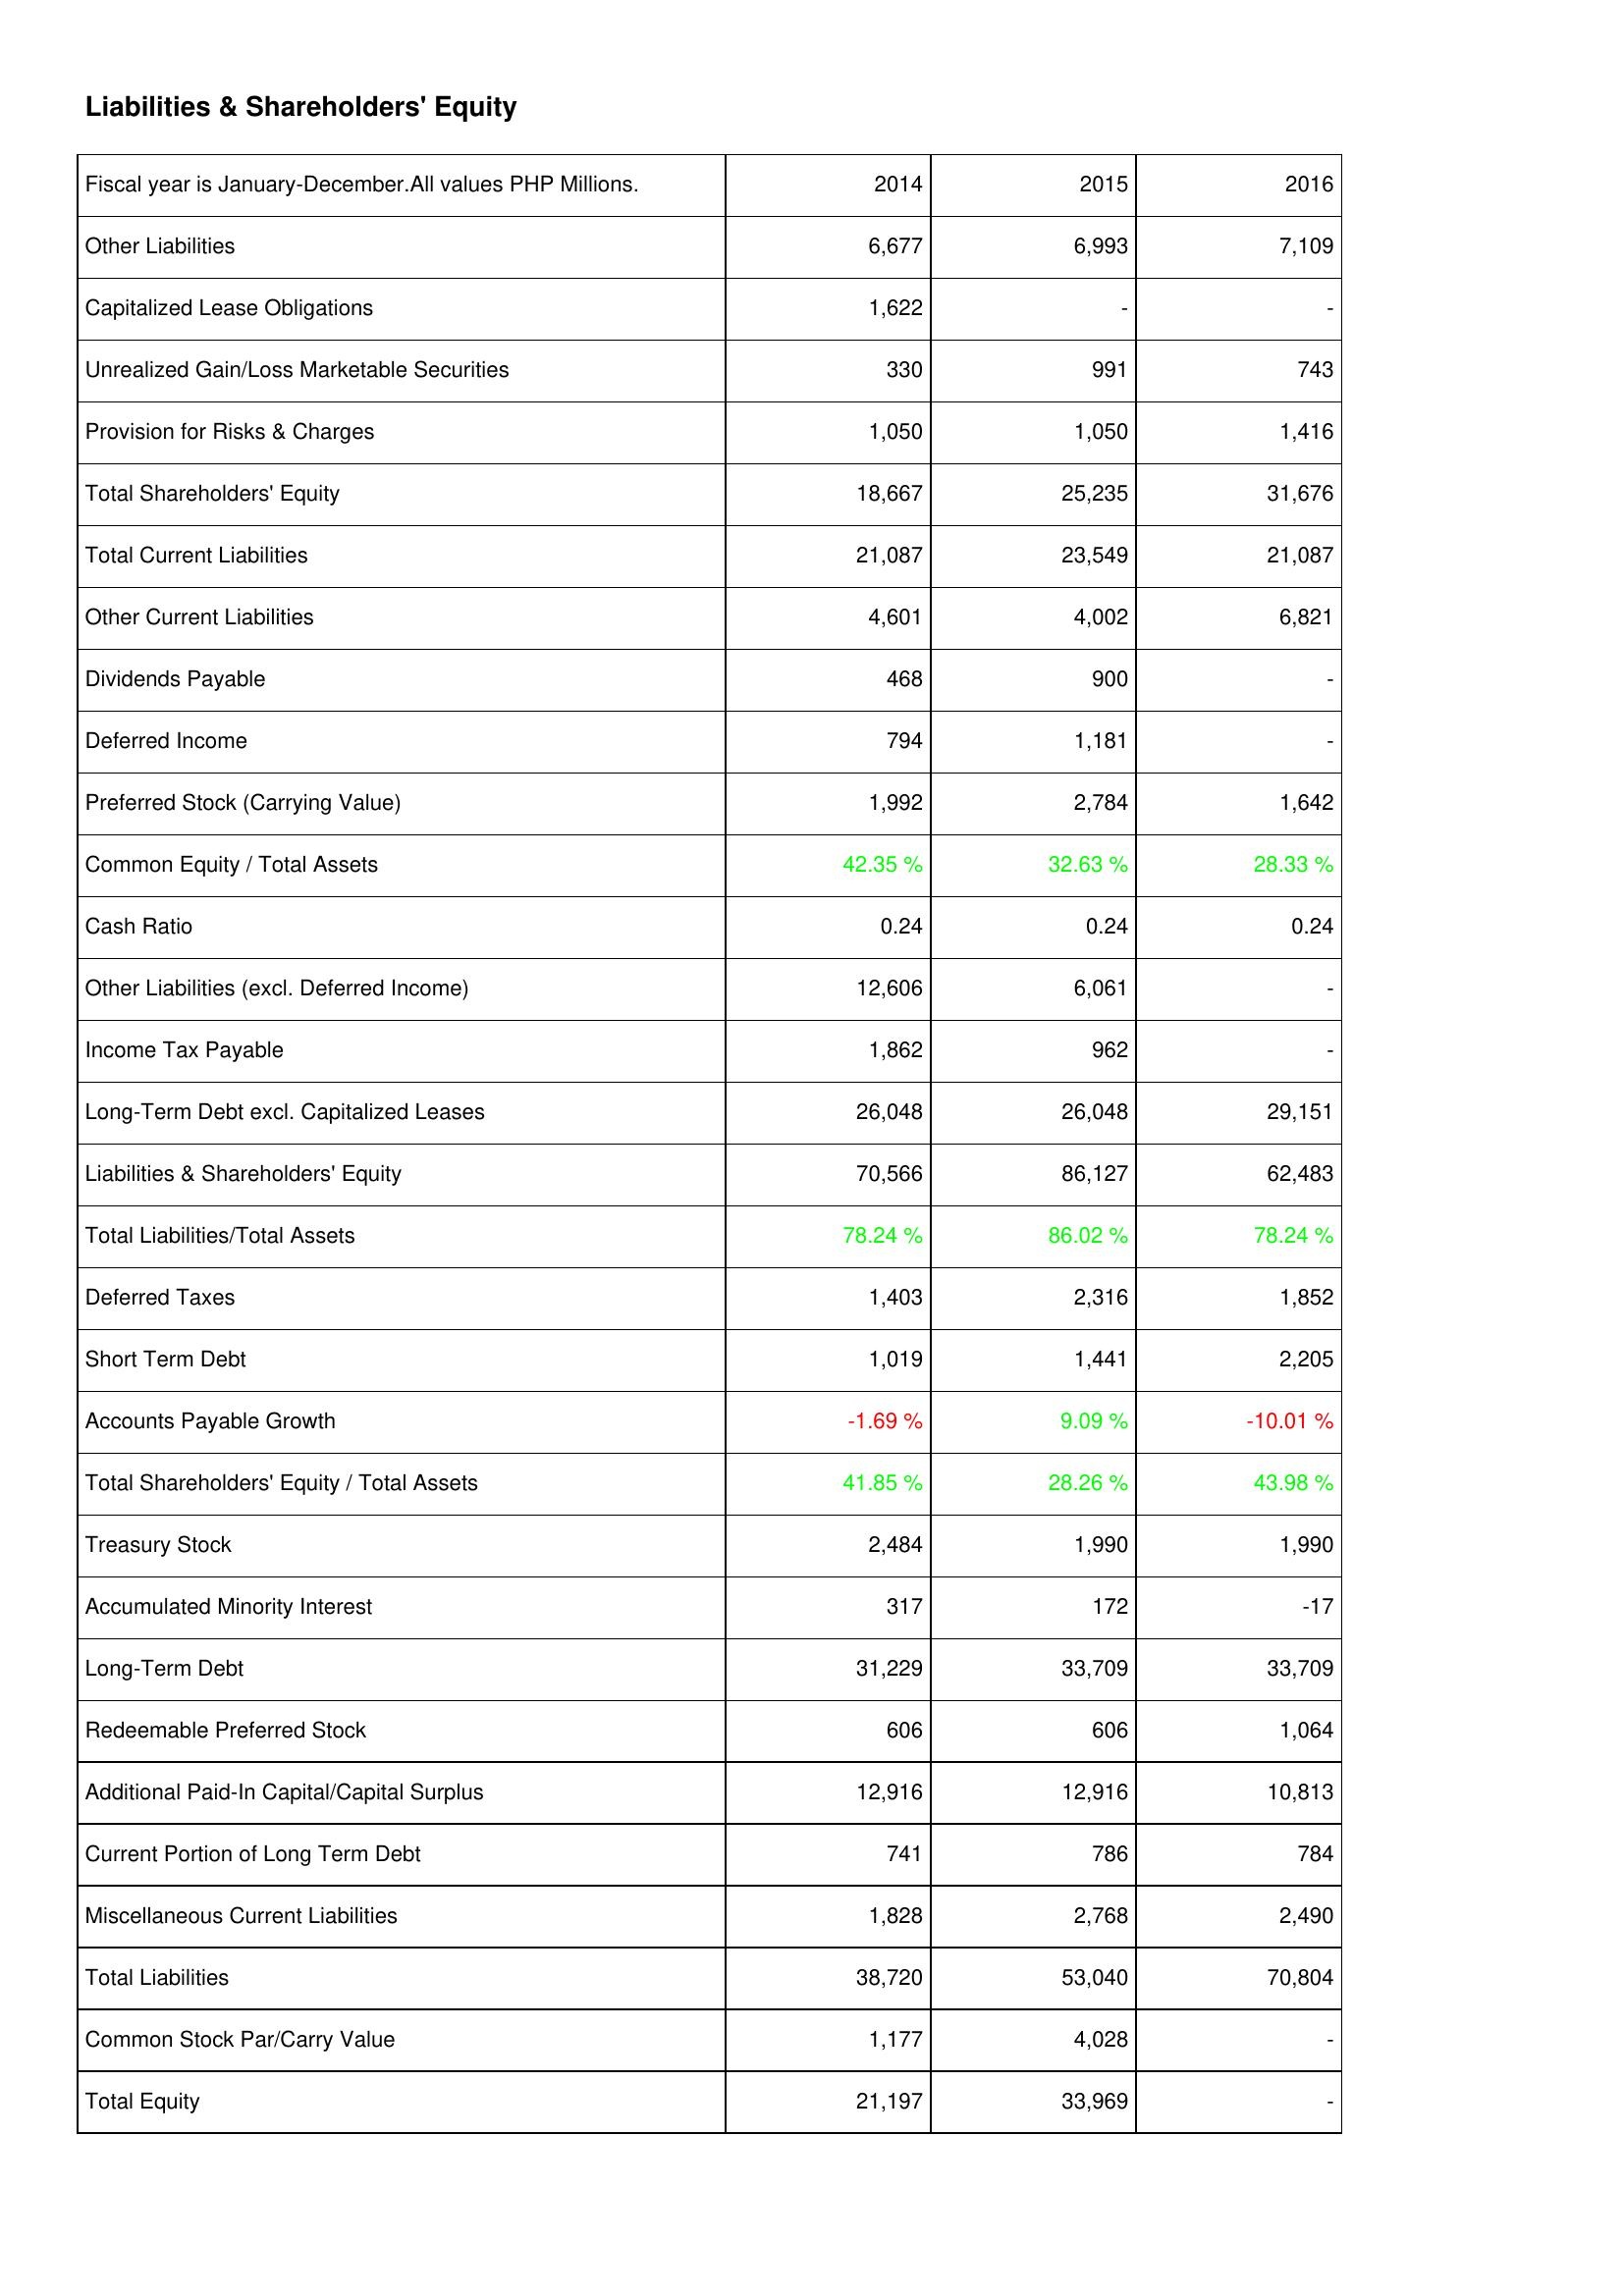
2014: Liabilities & Shareholders' Equity: Other Liabilities: 6,677
Capitalized Lease Obligations: 1,622
Unrealized Gain/Loss Marketable Securities: 330
Provision for Risks & Charges: 1,050
Total Shareholders' Equity: 18,667
Total Current Liabilities: 21,087
Other Current Liabilities: 4,601
Dividends Payable: 468
Deferred Income: 794
Preferred Stock (Carrying Value): 1,992
Common Equity / Total Assets: 42.35 %
Cash Ratio: 0.24
Other Liabilities (excl. Deferred Income): 12,606
Income Tax Payable: 1,862
Long-Term Debt excl. Capitalized Leases: 26,048
Liabilities & Shareholders' Equity: 70,566
Total Liabilities/Total Assets: 78.24 %
Deferred Taxes: 1,403
Short Term Debt: 1,019
Accounts Payable Growth: -1.69 %
Total Shareholders' Equity / Total Assets: 41.85 %
Treasury Stock: 2,484
Accumulated Minority Interest: 317
Long-Term Debt: 31,229
Redeemable Preferred Stock: 606
Additional Paid-In Capital/Capital Surplus: 12,916
Current Portion of Long Term Debt: 741
Miscellaneous Current Liabilities: 1,828
Total Liabilities: 38,720
Common Stock Par/Carry Value: 1,177
Total Equity: 21,197
2015: Liabilities & Shareholders' Equity: Other Liabilities: 6,993
Capitalized Lease Obligations: -
Unrealized Gain/Loss Marketable Securities: 991
Provision for Risks & Charges: 1,050
Total Shareholders' Equity: 25,235
Total Current Liabilities: 23,549
Other Current Liabilities: 4,002
Dividends Payable: 900
Deferred Income: 1,181
Preferred Stock (Carrying Value): 2,784
Common Equity / Total Assets: 32.63 %
Cash Ratio: 0.24
Other Liabilities (excl. Deferred Income): 6,061
Income Tax Payable: 962
Long-Term Debt excl. Capitalized Leases: 26,048
Liabilities & Shareholders' Equity: 86,127
Total Liabilities/Total Assets: 86.02 %
Deferred Taxes: 2,316
Short Term Debt: 1,441
Accounts Payable Growth: 9.09 %
Total Shareholders' Equity / Total Assets: 28.26 %
Treasury Stock: 1,990
Accumulated Minority Interest: 172
Long-Term Debt: 33,709
Redeemable Preferred Stock: 606
Additional Paid-In Capital/Capital Surplus: 12,916
Current Portion of Long Term Debt: 786
Miscellaneous Current Liabilities: 2,768
Total Liabilities: 53,040
Common Stock Par/Carry Value: 4,028
Total Equity: 33,969
2016: Liabilities & Shareholders' Equity: Other Liabilities: 7,109
Capitalized Lease Obligations: -
Unrealized Gain/Loss Marketable Securities: 743
Provision for Risks & Charges: 1,416
Total Shareholders' Equity: 31,676
Total Current Liabilities: 21,087
Other Current Liabilities: 6,821
Dividends Payable: -
Deferred Income: -
Preferred Stock (Carrying Value): 1,642
Common Equity / Total Assets: 28.33 %
Cash Ratio: 0.24
Other Liabilities (excl. Deferred Income): -
Income Tax Payable: -
Long-Term Debt excl. Capitalized Leases: 29,151
Liabilities & Shareholders' Equity: 62,483
Total Liabilities/Total Assets: 78.24 %
Deferred Taxes: 1,852
Short Term Debt: 2,205
Accounts Payable Growth: -10.01 %
Total Shareholders' Equity / Total Assets: 43.98 %
Treasury Stock: 1,990
Accumulated Minority Interest: -17
Long-Term Debt: 33,709
Redeemable Preferred Stock: 1,064
Additional Paid-In Capital/Capital Surplus: 10,813
Current Portion of Long Term Debt: 784
Miscellaneous Current Liabilities: 2,490
Total Liabilities: 70,804
Common Stock Par/Carry Value: -
Total Equity: -